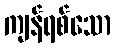
ကျန်ရစ်သော